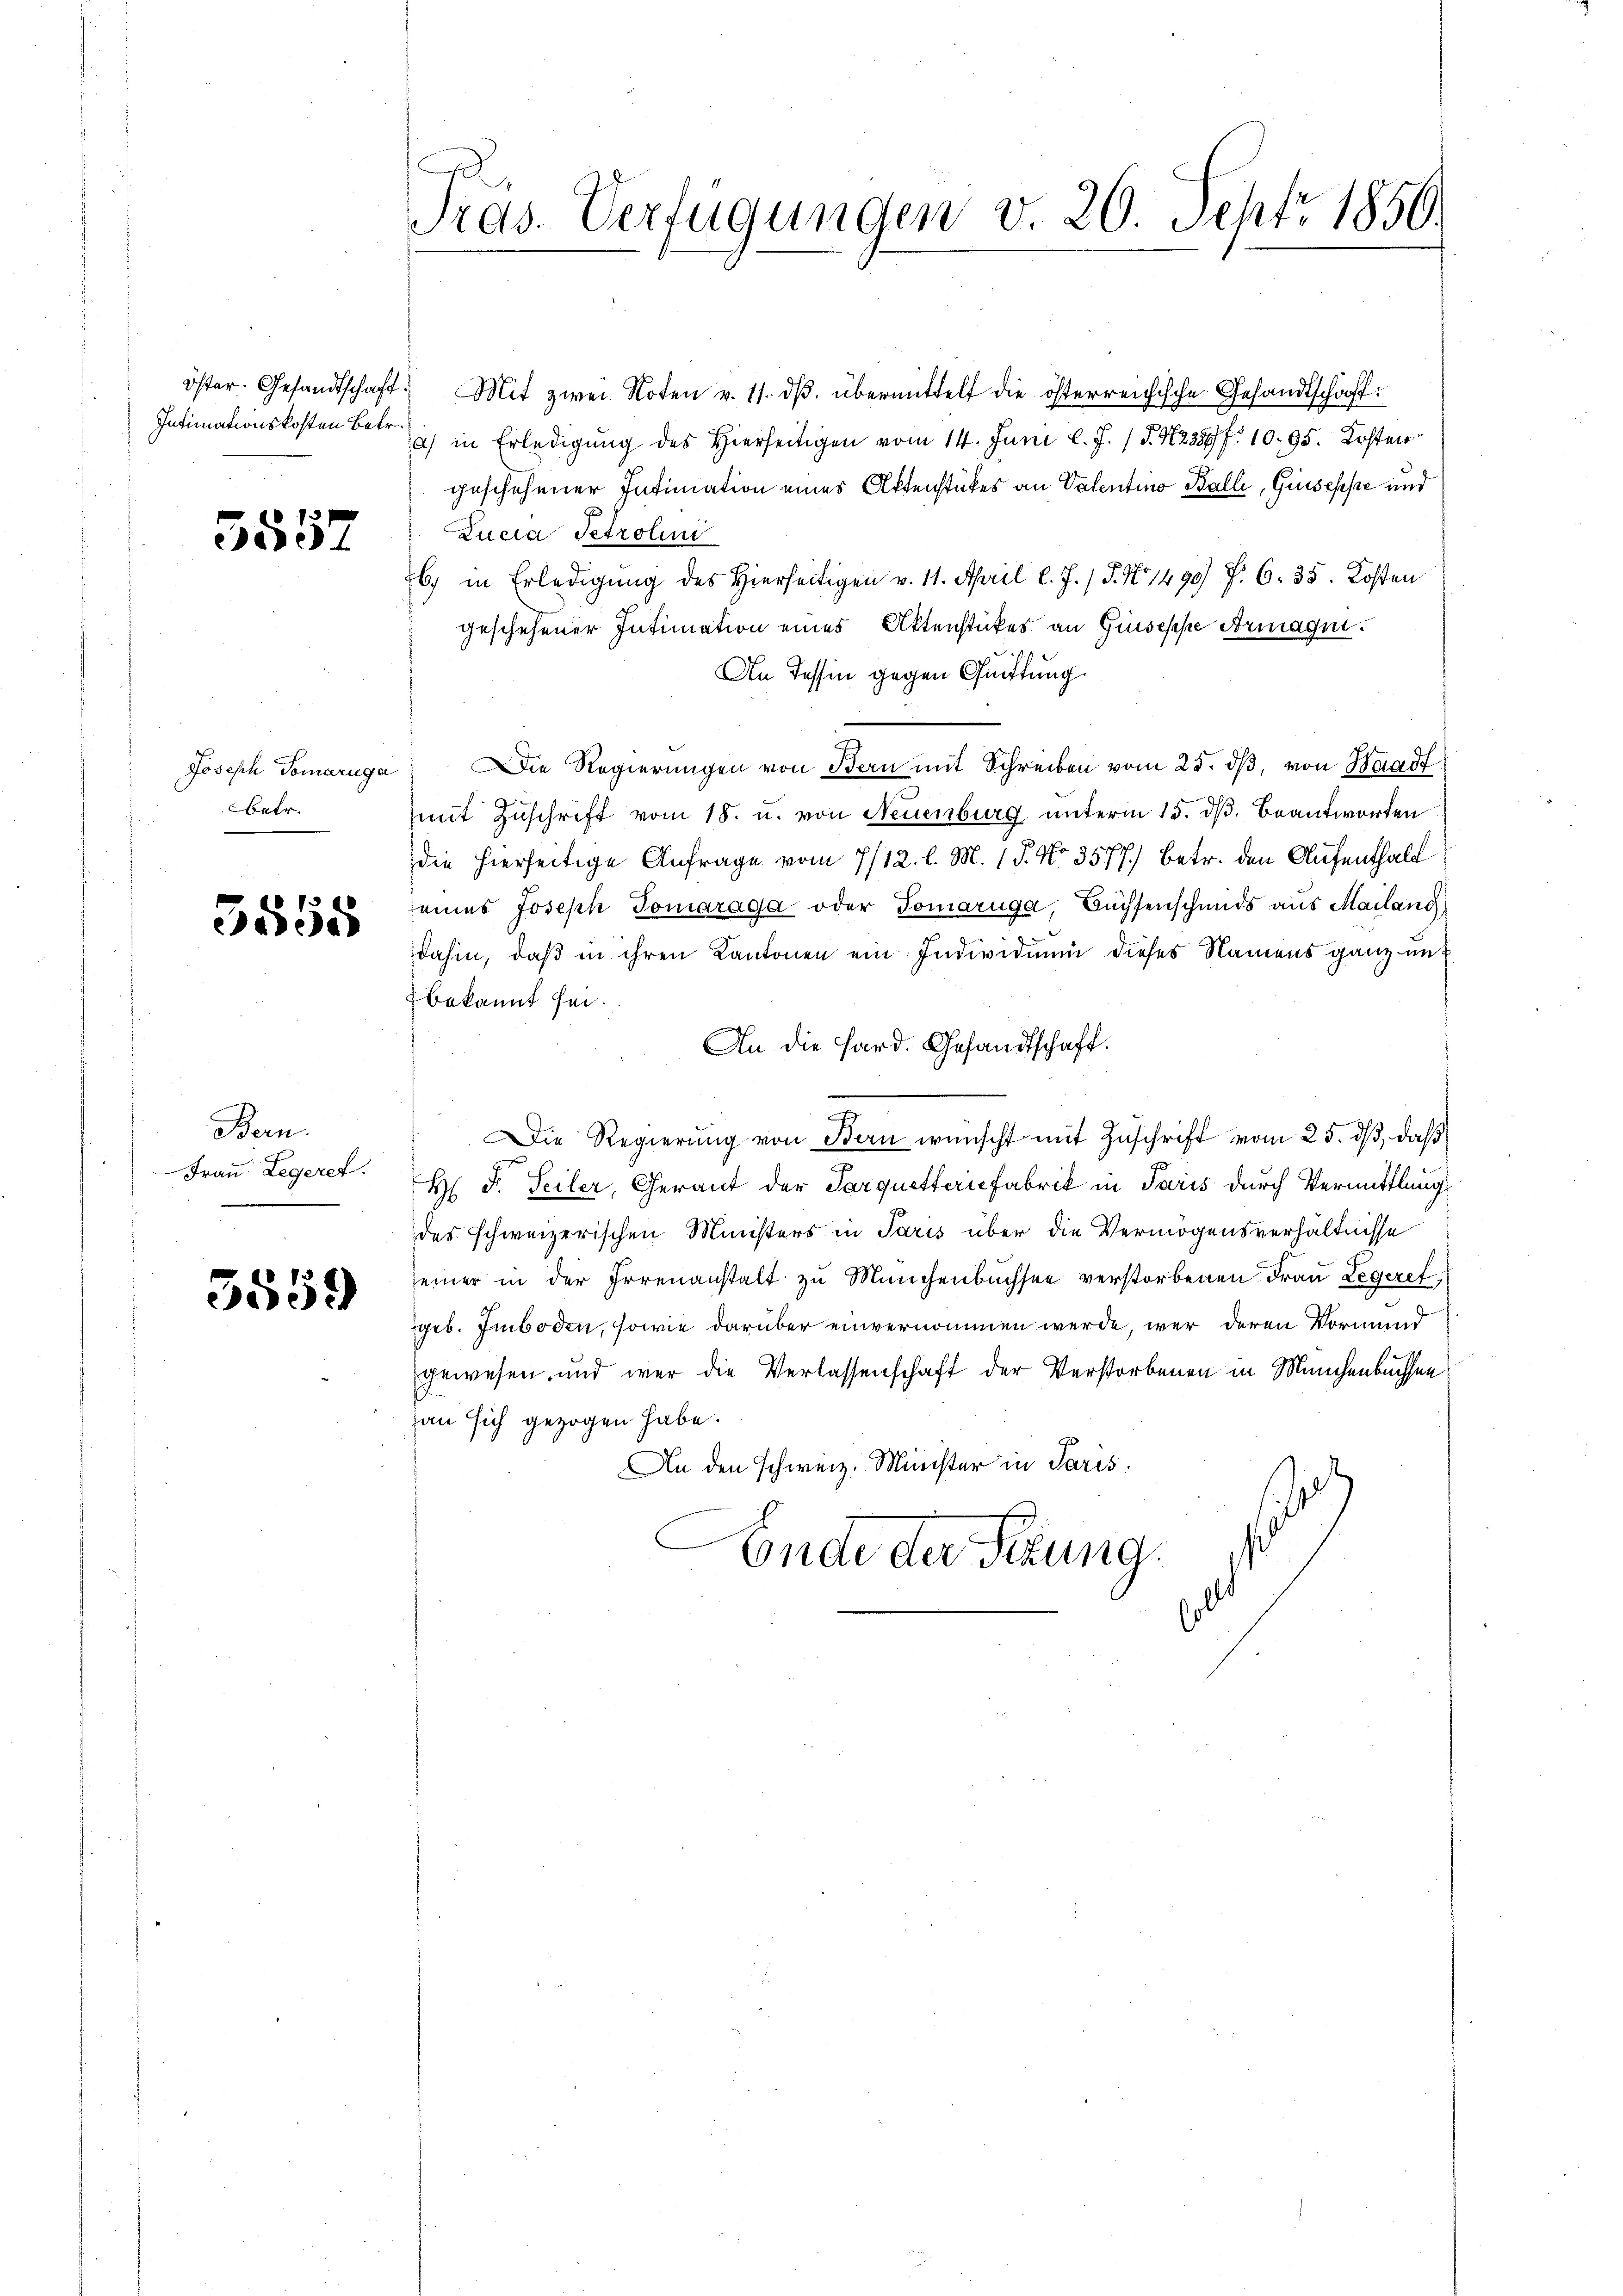
Intimationskosten Betr.

5557

Joseph Tomaruga
betr.

5555

Bern.
Frau Legeret.

3559

Tras. Verfügungen v. 20. Sept. 1850.

öster. Gesandtschaft. Mit zwei Noten v. 11. dβ übermittelt die österreichische Gesandtschaft:
a) in Erledigung des Hierseitigen vom 14. Juni l. J. 1 S. 238 f. 10. 95. Kosten
geschehener Intimation eines Aktenstückes an Valentino Balli, Giuseppe und
Lucia Petrolini
6) in Erledigung des Hierseitigen v. 11. April l. J. J. No 1490 f. 6. 35. Kosten
geschehener Intimation eines Aktenstückes an Giuseppe Armagni
An Tessin gegen Quittung.
7
Die Regierŭngen von Bern mit Schreiben vom 25. dβ, von Ha
mit Zuschrift vom 18. u. von Neuenburg unterm 15. ds. beantworten
die hierseitige Anfrage vom 7/12. l. M. 15. No. 3577.) Betr. den Aufenthalt
eines Joseph Tomaraga oder Tomaruga, Büchsenschmids aus Mailang
dahin, daß in ihren Kantonen ein Individuum dieses Namens ganz unt
bekannt sei.
An die Hard. Gesandtschaft.
.
Die Regierŭng von Bern wünscht mit Zŭschrift vom 25. dβ, daß
H. F. Seiler, Gerant der Parquetterie fabrik in Paris durch Vermittlung
des schweizerischen Ministers in Paris über die Vermögensverhältnisse
seiner in der Irrenanstalt zu Münchenbüchsee verstorbenen Frau Legeret
geb. Emboden, sowie darüber einvernommen werde, wer deren Vormund
gewesen und war die Verlassenschaft der Verstorbenen in Manchenbuchsen
an sich gezogen habe.
An den schweiz. Minister in Paris.
Ende der Sekung.